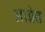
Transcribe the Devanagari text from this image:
आग्नेत